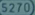
S270)